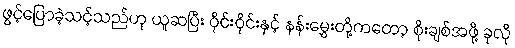
ဖွင့်ပြောခဲ့သင့်သည်ဟု ယူဆပြီး ဝိုင်းဝိုင်းနှင့် နန်းမွှေးတို့ကတော့ စိုးချစ်အဖို့ ခုလို